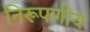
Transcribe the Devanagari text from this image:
निरूपणीय